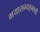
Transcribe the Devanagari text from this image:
मयासम्यङ्मायी